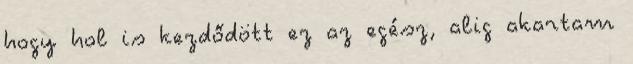
hogy hol is kezdődött ez az egész, alig akartam